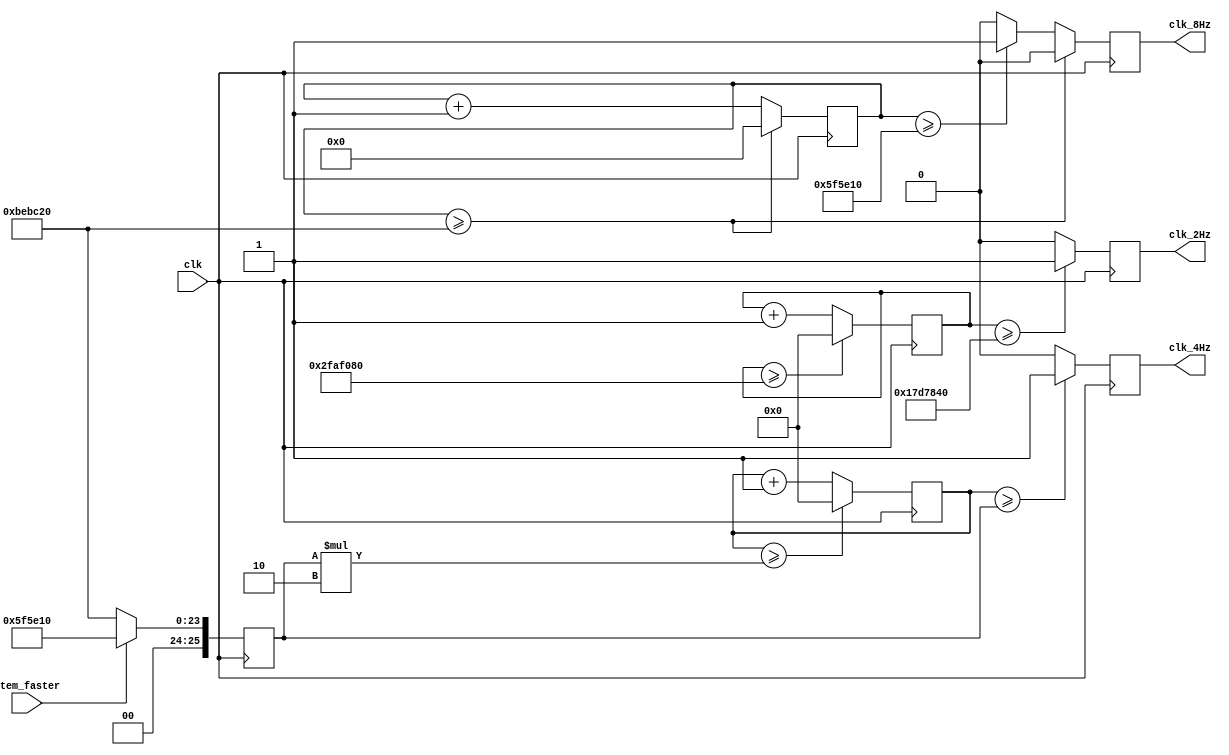
/*=======================================================
Author				:				ctlvie
Email Address		:				ctlvie@gmail.com
Filename			:				clock.v
Date				:				2018-05-08
Description			:				Clock signal divider 

Modification History:
Date		By			Version		Description
----------------------------------------------------------
180508		ctlvie		1.0			Initial coding completed(unverified)
180510		ctlvie		1.0			Add the 2Hz clock for enemy tanks
180522		ctlvie		1.2			Add "Faster" function
180525		ctlvie		2.0			Final Version
========================================================*/
module clock
(
	input				clk,
	input				item_faster,
	output 	reg			clk_4Hz,
	output 	reg			clk_8Hz,
	output	reg			clk_2Hz
);

reg	[25:0]	cnt_2Hz;
reg [25:0]	cnt_4Hz;
reg	[27:0]	cnt_8Hz;

reg	[25:0]	ending_4Hz;

initial cnt_4Hz <= 26'b0;
initial cnt_8Hz <= 26'b0;
initial	cnt_2Hz <= 27'b0;

always@(posedge clk)
begin
	cnt_2Hz <= cnt_2Hz + 28'b1;
	if (cnt_2Hz >= 25000000)		
	begin
		clk_2Hz <= 1;
		
	end
	else clk_2Hz <= 0;
	if	(cnt_2Hz >= 50000000)
	begin	
		cnt_2Hz <= 28'b0;
	end
end

always@(posedge clk)
begin
	if(item_faster == 1'b1 )
		ending_4Hz <= 6250000;
	else
		ending_4Hz <= 12500000;
end

always@(posedge clk)
begin
	cnt_4Hz <= cnt_4Hz + 26'b1;
	if (cnt_4Hz >= ending_4Hz)		
	begin
		clk_4Hz <= 1;
		
	end
	else clk_4Hz <= 0;
	if	(cnt_4Hz >= (ending_4Hz * 2) )
	begin	
		cnt_4Hz <= 26'b0;
	end
end

always@(posedge clk)
begin
	cnt_8Hz <= cnt_8Hz + 26'b1;
	if (cnt_8Hz >= 6250000)
	begin
		clk_8Hz <= 1;
	end
	else
		clk_8Hz <= 0;
	if (cnt_8Hz >= 12500000)
	begin
		clk_8Hz <= 0;
		cnt_8Hz <= 26'b0;
	end
end


endmodule